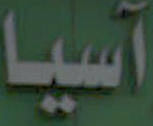
آسيا